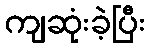
ကျဆုံးခဲ့ပြီး